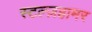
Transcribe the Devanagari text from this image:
स्टल्ज़हामर